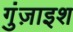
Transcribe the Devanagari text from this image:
गुंज़ाइश